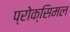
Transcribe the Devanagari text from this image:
प्रोक्सिमल